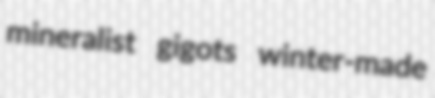
mineralist gigots winter-made